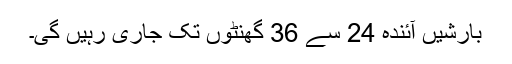
بارشیں آئندہ 24 سے 36 گھنٹوں تک جاری رہیں گی۔